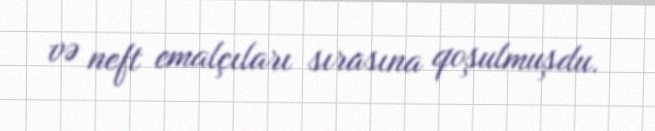
və neft emalçıları sırasına qoşulmuşdu.